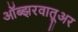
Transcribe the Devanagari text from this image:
ऑब्झरवातूअर